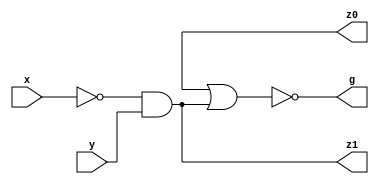
module two_bit_magnitude_comparator(z0,g,z1,x,y);
  input x,y;
  output z0,g,z1; // z0:- x>y , g:- x=y , z1:- x<y //
  wire p0,p1,z0,z1;
  not (p0,x);
  not (p1,y);
  and (zo,x,p1);
  and (z1,p0,y);
  nor (g,z0,z1);
endmodule